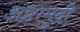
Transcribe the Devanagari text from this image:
अष्टामुदी